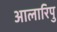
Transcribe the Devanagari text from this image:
आलारिपु